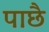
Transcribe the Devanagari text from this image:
पाछै